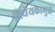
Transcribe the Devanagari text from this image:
विधेयकामुळे